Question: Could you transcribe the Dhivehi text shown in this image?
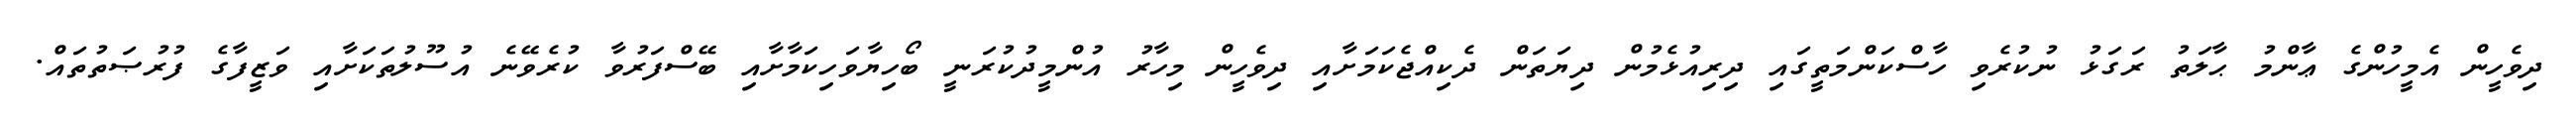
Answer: ދިވެހީން އެމީހުންގެ ޢާންމު ޙާލަތު ރަގަޅު ނުކުރެވި ހާސްކަންމަތީގައި ދިރިއުޅެމުން ދިޔަތަން ދެކިއްޖެކަމަށާއި ދިވެހީން މިހާރު އުންމީދުކުރަނީ ބޯހިޔާވަހިކަމާށާއި ބޭސްފަރުވާ ކުރެވޭނެ އުސޫލުތަކަށާއި ވަޒީފާގެ ފުރުޞަތުތައް.